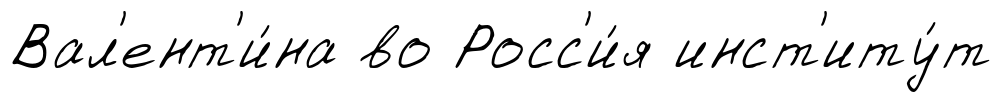
Вал'ент'и́на во Росс'и́я инст'иту́т